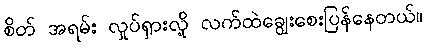
စိတ် အရမ်း လှုပ်ရှားလို့ လက်ထဲချွေးစေးပြန်နေတယ်။